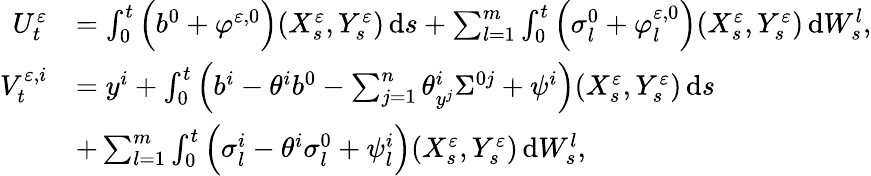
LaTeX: \begin{array}{rl}{U_{t}^{\varepsilon}}&{=\int_{0}^{t}\Big(b^{0}+\varphi^{\varepsilon,0}\Big)(X_{s}^{\varepsilon},Y_{s}^{\varepsilon})\, \mathrm{d}s+\sum_{l=1}^{m}\int_{0}^{t}\Big(\sigma_{l}^{0}+\varphi_{l}^{\varepsilon,0}\Big)(X_{s}^{\varepsilon},Y_{s}^{\varepsilon})\, \mathrm{d}W_{s}^{l},}\\ {V_{t}^{\varepsilon,i}}&{=y^{i}+\int_{0}^{t}\Big(b^{i}-\theta^{i}b^{0}-\sum_{j=1}^{n}\theta_{y^{j}}^{i}\Sigma^{0j}+\psi^{i}\Big)(X_{s}^{\varepsilon},Y_{s}^{\varepsilon})\, \mathrm{d}s}\\ &{+\sum_{l=1}^{m}\int_{0}^{t}\Big(\sigma_{l}^{i}-\theta^{i}\sigma_{l}^{0}+\psi_{l}^{i}\Big)(X_{s}^{\varepsilon},Y_{s}^{\varepsilon})\, \mathrm{d}W_{s}^{l},}\end{array}